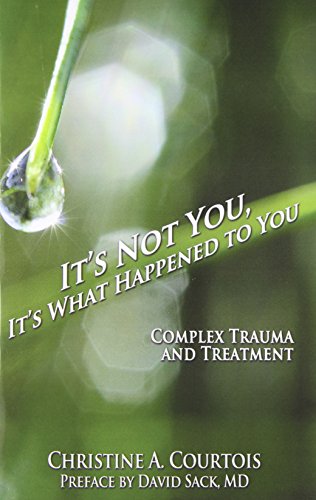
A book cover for It's Not You, It's What Happened to You: Complex Trauma and Treatment; Courtois Christine A.; Self-Help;